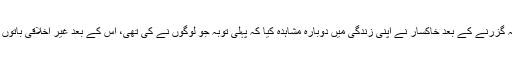
اذانیں دیں ، مولود کئے، قوالیاں گائیں، درگاہوں پر منتیں کیں، اور اب 47 سال کے طویل عرصہ گزرنے کے بعد خاکسار نے اپنی زندگی میں دوبارہ مشاہدہ کیا کہ پہلی توبہ جو لوگوں نے کی تھی، اس کے بعد غیر اخلاقی باتوں میں، لوٹ کھسوٹ، جھوٹ، دغابازی، فریب و دھوکہ ملاوٹ اور بے ایمانی میں ترقی ہوئی ہے۔